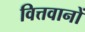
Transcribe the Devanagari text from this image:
वित्तवानों